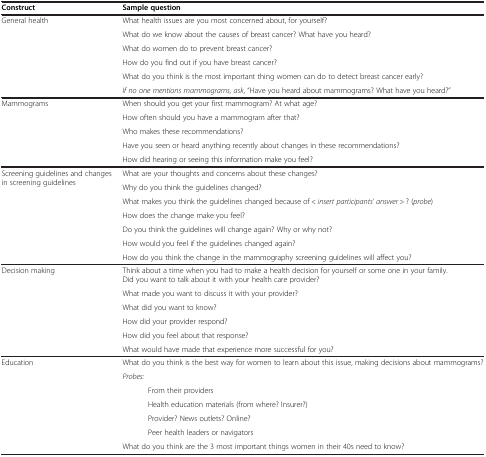
| Construct | Sample question |
 | --- | --- |
 | <ROWSPAN=6> General health | What health issues are you most concerned about, for yourself? |
 | What do we know about the causes of breast cancer? What have you heard? |
 | What do women do to prevent breast cancer? |
 | How do you find out if you have breast cancer? |
 | What do you think is the most important thing women can do to detect breast cancer early? |
 | If no one mentions mammograms, ask, “Have you heard about mammograms? What have you heard?” |
 | <ROWSPAN=5> Mammograms | When should you get your first mammogram? At what age? |
 | How often should you have a mammogram after that? |
 | Who makes these recommendations? |
 | Have you seen or heard anything recently about changes in these recommendations? |
 | How did hearing or seeing this information make you feel? |
 | <ROWSPAN=7> Screening guidelines and changes in screening guidelines | What are your thoughts and concerns about these changes? |
 | Why do you think the guidelines changed? |
 | What makes you think the guidelines changed because of < insert participants’ answer > ? (probe) |
 | How does the change make you feel? |
 | Do you think the guidelines will change again? Why or why not? |
 | How would you feel if the guidelines changed again? |
 | How do you think the change in the mammography screening guidelines will affect you? |
 | <ROWSPAN=6> Decision making | Think about a time when you had to make a health decision for yourself or some one in your family. Did you want to talk about it with your health care provider? |
 | What made you want to discuss it with your provider? |
 | What did you want to know? |
 | How did your provider respond? |
 | How did you feel about that response? |
 | What would have made that experience more successful for you? |
 | <ROWSPAN=7> Education | What do you think is the best way for women to learn about this issue, making decisions about mammograms? |
 | Probes: |
 | From their providers |
 | Health education materials (from where? Insurer?) |
 | Provider? News outlets? Online? |
 | Peer health leaders or navigators |
 | What do you think are the 3 most important things women in their 40s need to know? |